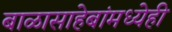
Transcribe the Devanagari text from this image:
बाळासाहेबांमध्येही